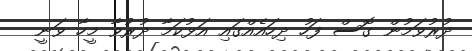
ދުރުވަމުން ގޮސް ފަހު ދިހައެއްގައި އަޅުކަމާ ދުރުވާ މީހާ ވަނީ